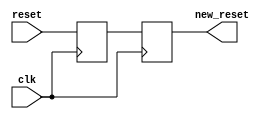
/* Axelou Olympia
 * oaxelou@uth.gr 
 * 2161
 * 
 * ce430
 * Project1: 7-Segment display
 *
 * Part C: button triggered 16-char message display (circular)
 * (the same file as of part B)  
 * 
 *
 * reset_synchronizer: Synchronizes raw reset signal
 * 
 * input : clk, reset
 * output: syncronized reset
 *
 * Implementation: 
 *   Uses 2 flip-flops. 
 *   The first one is to ensure that there will be no setup problem
 *   and the second one is for the metastability.
 */

module reset_synchronizer(clk, reset, new_reset);
	input clk, reset;
	output new_reset;
	
	reg new_reset, f1_output;

	always @(posedge clk) 
		new_reset = f1_output;

	always @(posedge clk) 
		f1_output = reset;
endmodule